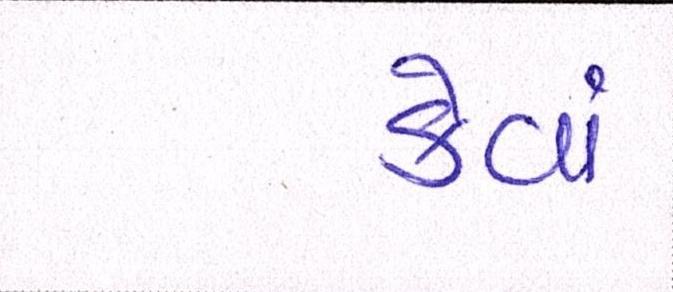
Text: કેવાં